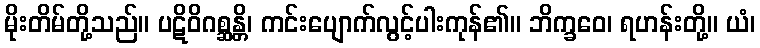
မိုးတိမ်တို့သည်။ ပဋိဝိဂစ္ဆန္တိ၊ ကင်းပျောက်လွင့်ပါးကုန်၏။ ဘိက္ခဝေ၊ ရဟန်းတို့။ ယံ၊